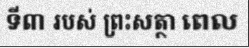
ទី៣ របស់ ព្រះសត្ថា ពេល